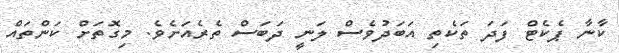
ކާނާ ޕެކެޓް ފަދަ ތަކެތި އަބަދުވެސް ލަނީ ދަބަސް ތެރެއަށެވެ. މިގޮތަށް ކަންތައް